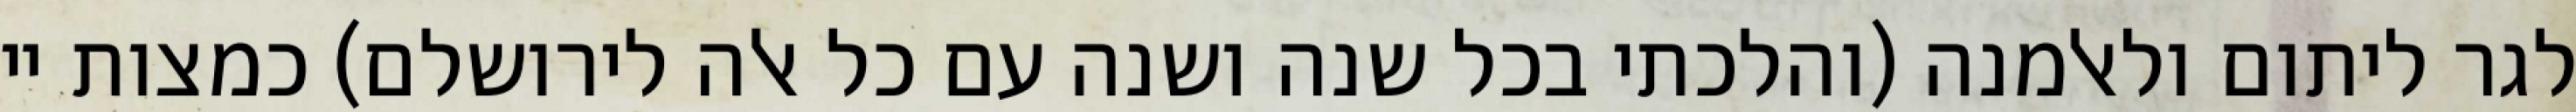
לגר ליתום ולאלמנה (והלכתי בכל שנה ושנה עם כל אלה לירושלם) כמצות יי